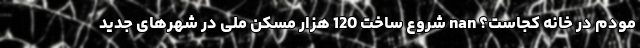
مودم‌ در خانه کجاست؟ nan شروع ساخت 120 هزار مسکن ملی در شهرهای جدید